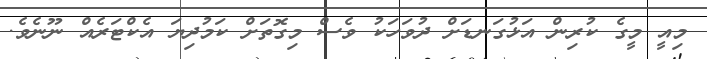
މިއީ މީގެ ކުރިން އަޅުގަނޑަށް ދުވަހަކު ވެސް މިގޮތަށް ކަމުދިޔަ އެކްޓަރެއް ނޫނެވެ.